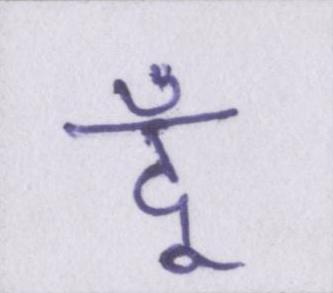
दूँ